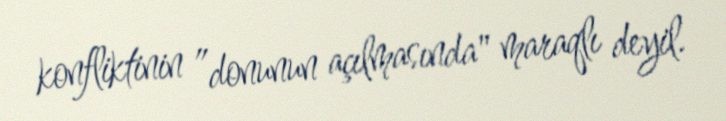
konfliktinin ”donunun açılmasında" maraqlı deyil.